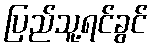
ပြည်သူ့ရင်ခွင်